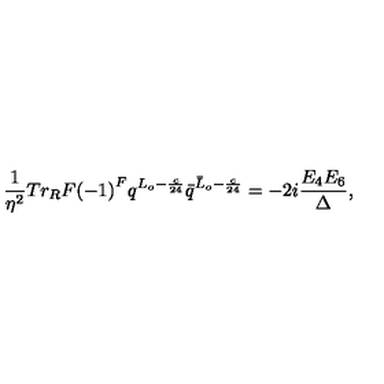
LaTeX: \frac { 1 } { \eta ^ { 2 } } { T r _ { R } } F { ( - 1 ) } ^ { F } q ^ { L _ { o } - \frac { c } { 2 4 } } { \bar { q } } ^ { { \bar { L } } _ { o } - \frac { c } { 2 4 } } = - 2 i \frac { E _ { 4 } E _ { 6 } } { \Delta } ,